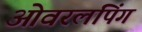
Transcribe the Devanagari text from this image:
ओवरलंपिंग